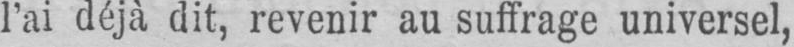
l’ai déjà dit, revenir au suffrage universel,